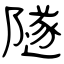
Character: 隧